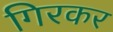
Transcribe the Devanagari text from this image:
गिरकर